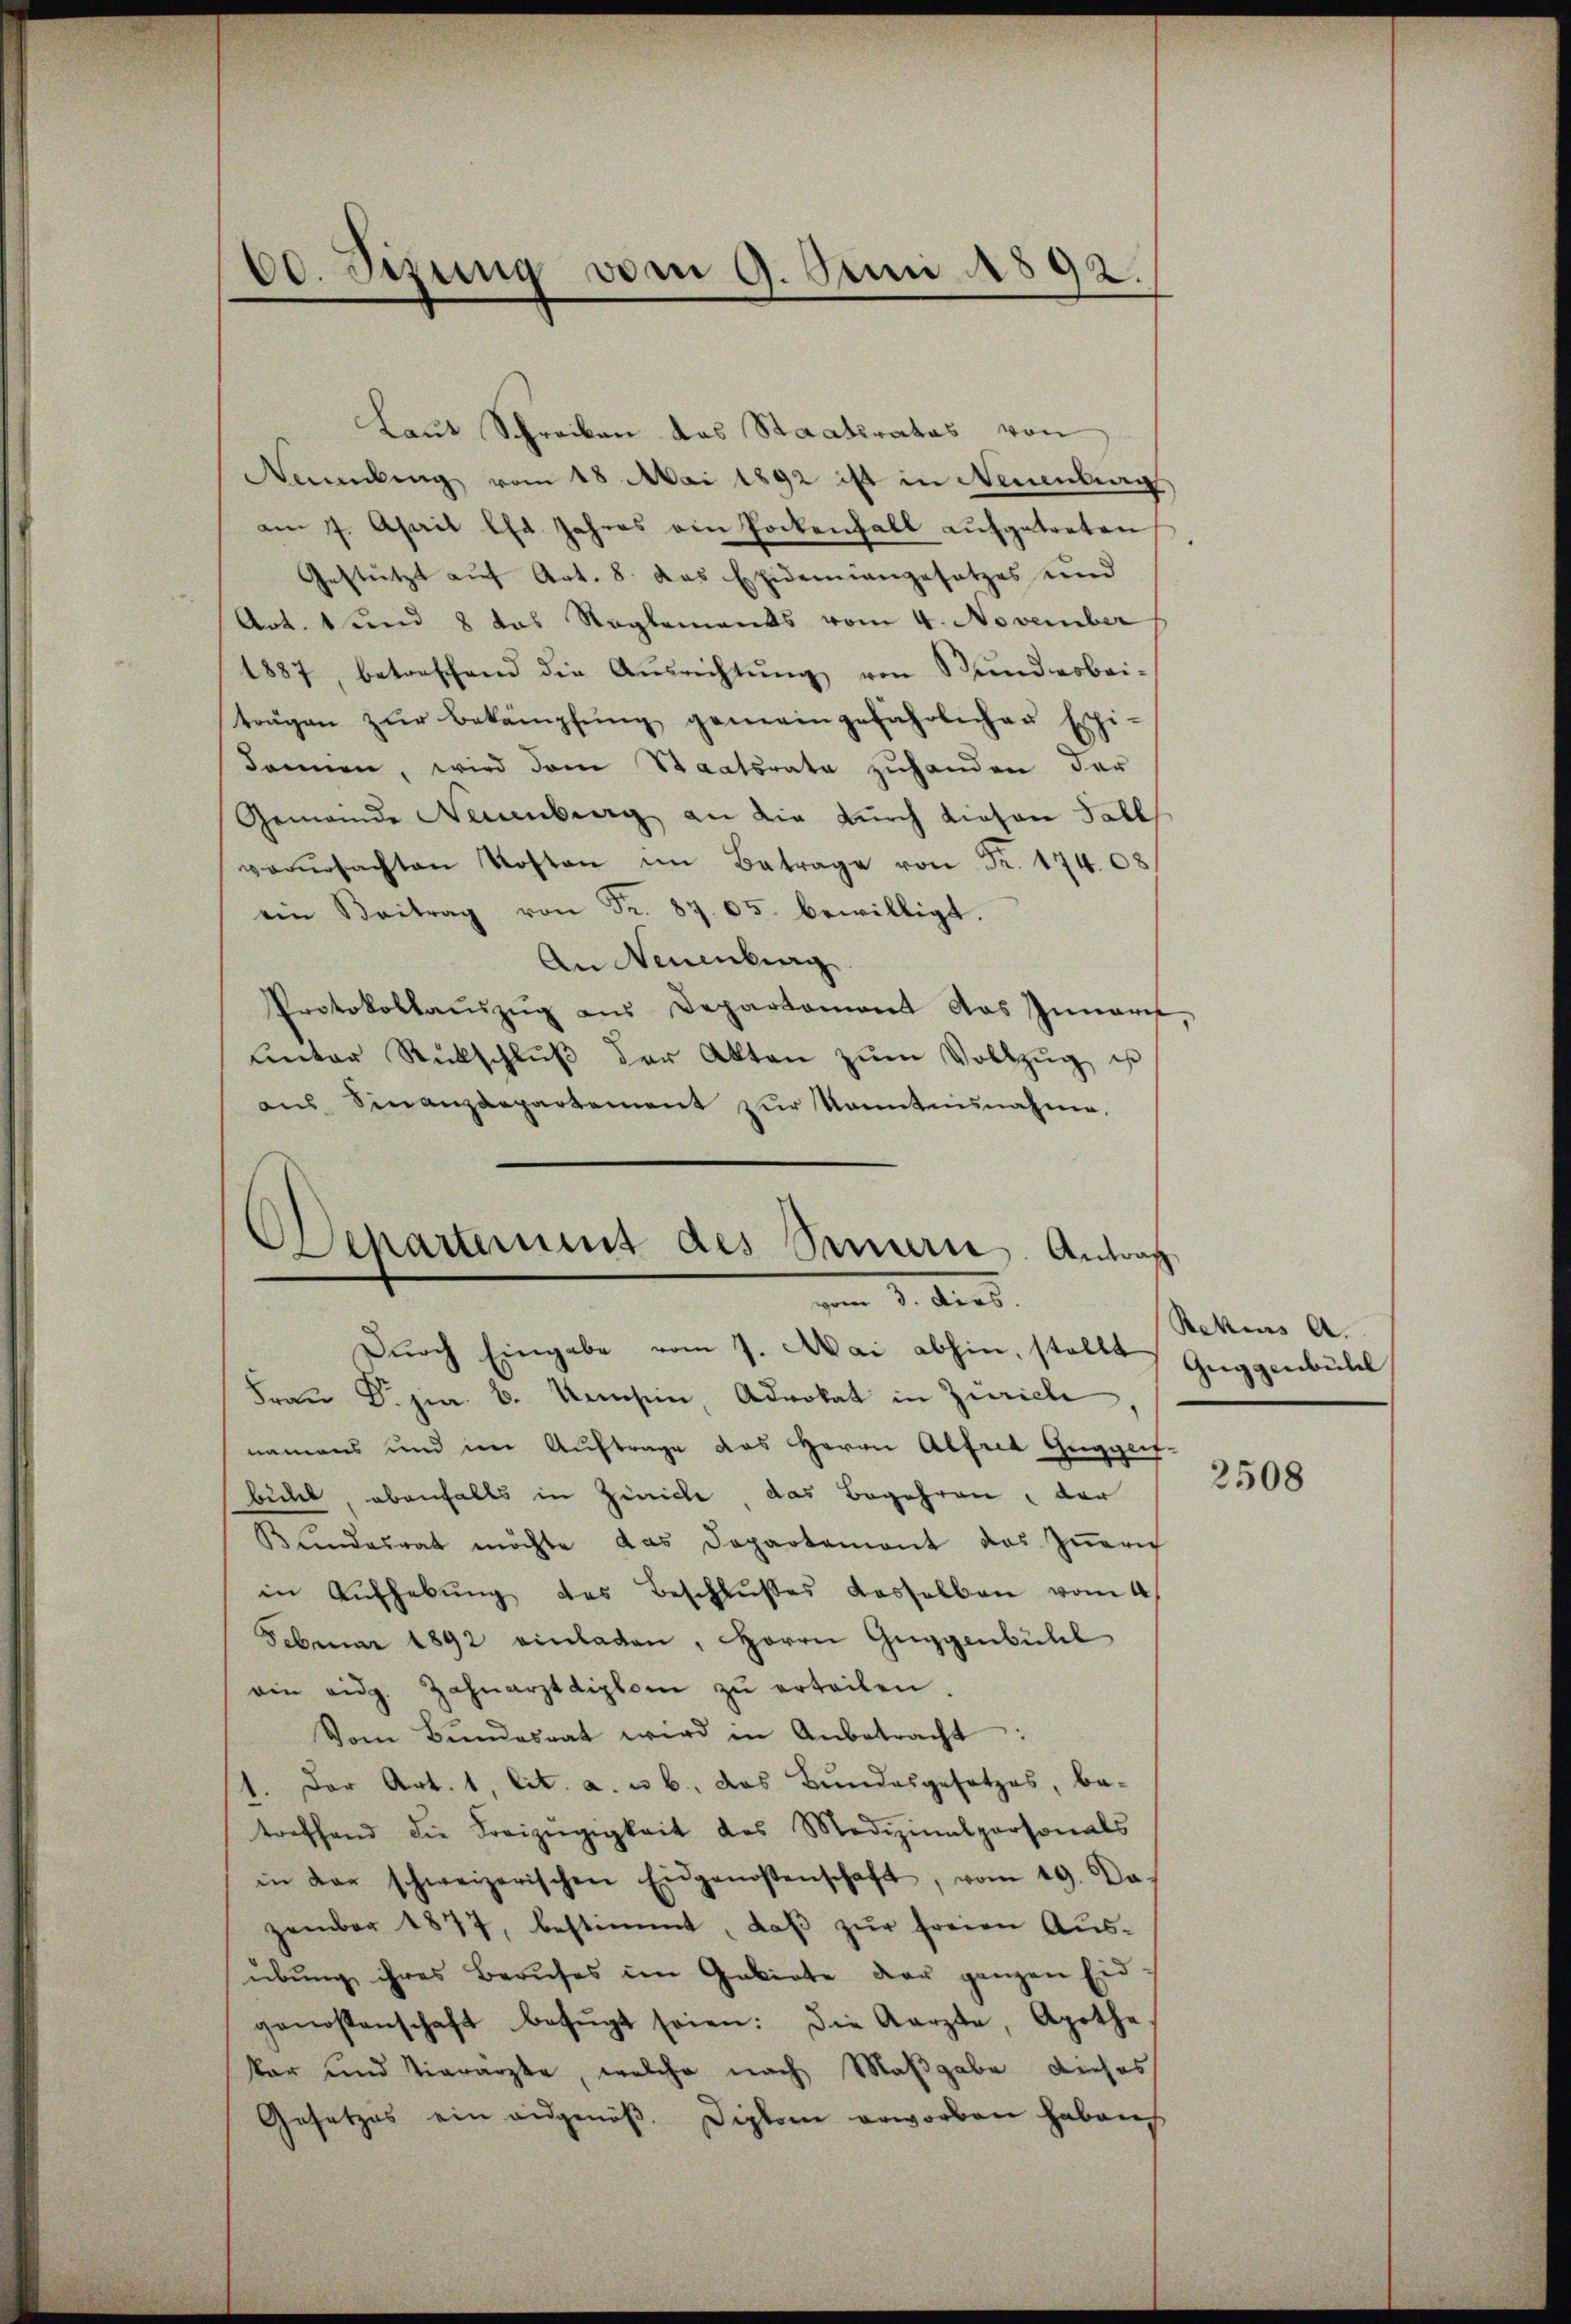
Laut Schreiben das Staatsrates von
Mabung vom 18 Mai 1892 ist in Neuenburg
am 7. April l. Jahres ein Lockenfall aufgetreten
Gestützt auf Art. 8. das Epidemiangesetzes und
Art. 1 und 8 das Reglements vom 4. November
1887, betreffend die Aŭsrichtŭng von Bundesbei-
trägen zŭr Bekämpfŭng gemeingefährlichen Erschi-
donnen, wird dem Staatsrate zuhanden der
Gemeinde Neuenburg an die durch diesen Fall
verŭrsachten Kosten im Betrage von Fr. 17408
ein Beitrag von Fr. 87. 65. bewilligt.
An Neuenburg
Protokollaŭszŭg ans Departemont das Innert
ŭnter Rückschlŭβ der Akten zŭm Vollzŭg, ist
ans Sinanzdepartement zŭr Kenntnisnahme.

60. Sizung vom 9. Juni 1892.

Departement des Sinnern. Antrag
vom 8. ds.

Durch Eingabe vom 7. Mai abhin, stellt Guggenbühel
Frau Dr. pr. 6. Konsein, Advokat in Zürich
namens und im Auftrage das Herrn Alfred Guggeif-
bühel, ebenfalls in Zürich, das Begehren, der
Bŭndesrat möchte das Departemont das Züric
in Aŭfhebŭng des Beschlŭβes dasselben vom 4.
Februar 1892 einladen, Herrn Guggenbühl
ain eidg. Zahnarztdiplom zŭ erteilen.
Vom Bŭndesrat wird in Anbetracht:
1. Der Art. 1, lit. a. u. b. das Bundesgesetzes, be-
treffend die Freizügigkeit des Medizinalpersonals
in der schweizerischen Eidgenossenschaft, vom 19. Da
zember 1877, bestimmt, daβ zŭr freien Ausübung ihres Berufes im Gebiete der ganzen Eidgenossenschaft befŭgt seien. Die Karzte, Apothe
kar und vierarzte, welche nach Maßgabe dieses
Gesetzes ein angenoß. Diplom erworben haben

Bekens A.

2508